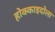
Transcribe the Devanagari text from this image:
होक्काइदोला